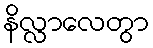
နိလ္လာလေတွာ